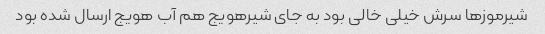
شیرموزها سرش خیلی خالی بود به جای شیرهویج هم آب هویج ارسال شده بود